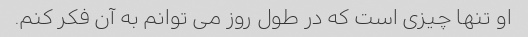
او تنها چیزی است که در طول روز می توانم به آن فکر کنم.